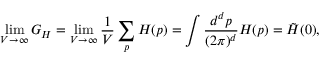
\operatorname * { l i m } _ { V \to \infty } G _ { H } = \operatorname * { l i m } _ { V \to \infty } \frac { 1 } { V } \sum _ { p } H ( p ) = \int \frac { d ^ { d } p } { ( 2 \pi ) ^ { d } } H ( p ) = \tilde { H } ( 0 ) ,